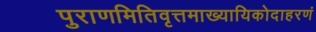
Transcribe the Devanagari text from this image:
पुराणमितिवृत्तमाख्यायिकोदाहरणं